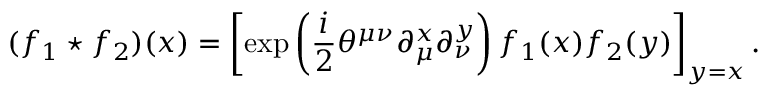
( f _ { 1 } \star f _ { 2 } ) ( x ) = \left[ \exp \left( \frac { i } { 2 } \theta ^ { \mu \nu } \partial _ { \mu } ^ { x } \partial _ { \nu } ^ { y } \right) f _ { 1 } ( x ) f _ { 2 } ( y ) \right] _ { y = x } .